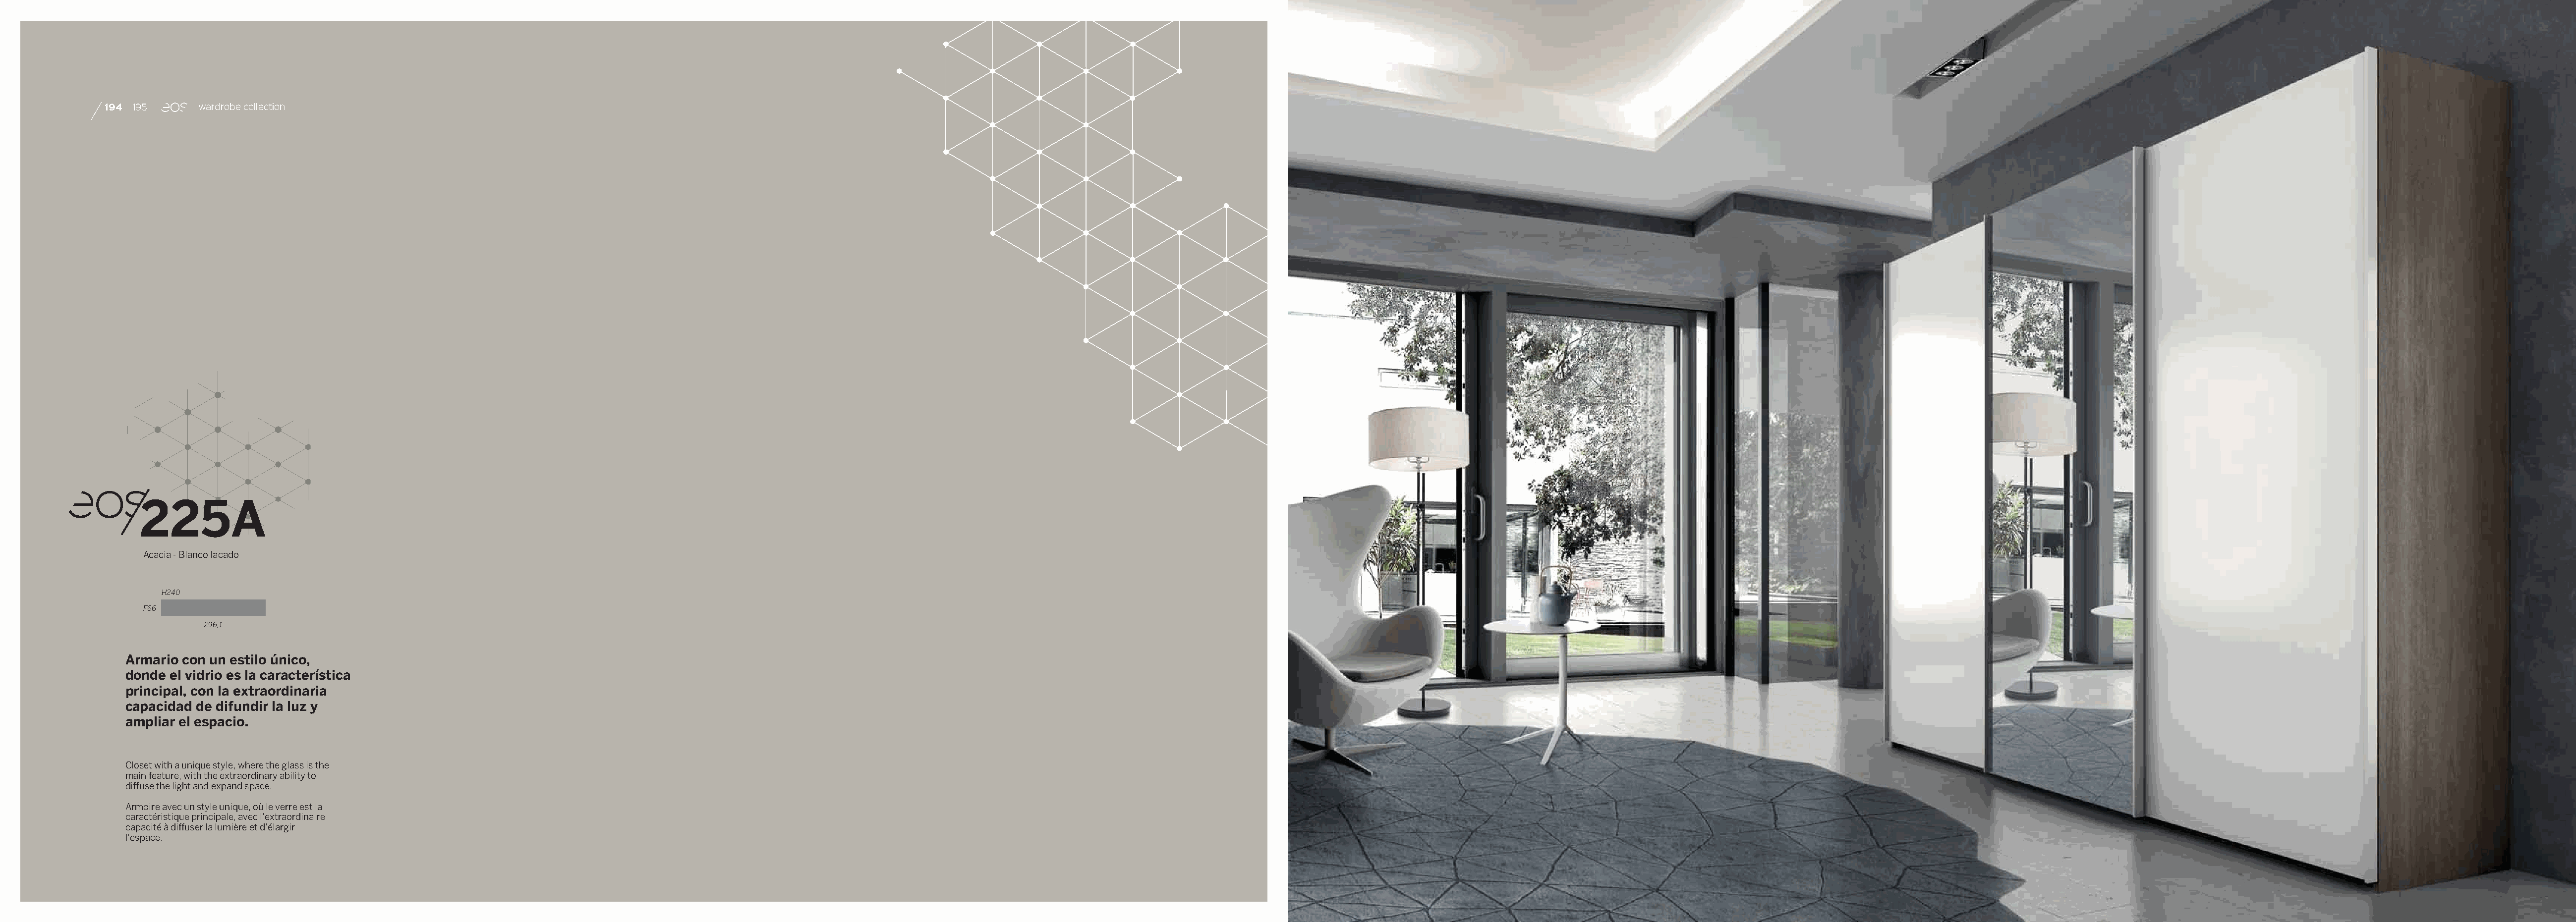
194 195      wardrobe collection
 225A
 Acacia - Blanco lacado
 H240
 F66
 296,1
 Armario con un estilo único,
 donde el vidrio es la característica
 principal, con la extraordinaria
 capacidad de difundir la luz y
 ampliar el espacio.
 Closet with a unique style, where the glass is the
 main feature, with the extraordinary ability to
 diffuse the light and expand space.
 Armoire avec un style unique, où le verre est la
 caractéristique principale, avec l’extraordinaire
 capacité à diffuser la lumière et d’élargir
 l’espace.